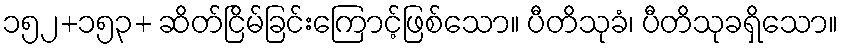
၁၅၂+၁၅၃+ ဆိတ်ငြိမ်ခြင်းကြောင့်ဖြစ်သော။ ပီတိသုခံ၊ ပီတိသုခရှိသော။